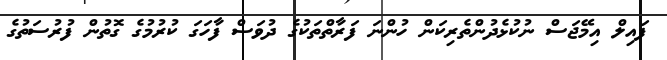
ފައިލް އިމޭޖަސް ނުކުޅެދުންތެރިކަން ހުންނަ ފަރާތްތަކުގެ ދުވަސް ފާހަގަ ކުރުމުގެ ގޮތުން ފުރުސަތުގެ